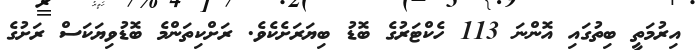
އިރުމަތީ ބިތުގައި އޮންނަ 113 ހެކްޓަރުގެ ބޮޑު ބިޔަރަށެކެވެ. ރަށްކިތަންމެ ބޮޑުވިޔަކަސް ރަށުގެ